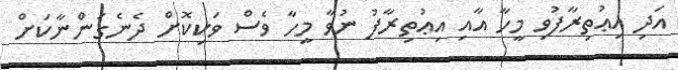
އަދި އިޢުތިރާފުވި މީހާ އާއި އިޢުތިރާފު ނުވާ މީހާ ވެސް ވަކިކޮށް ދެނެގަންނާކަށް